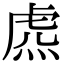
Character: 𧆸